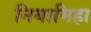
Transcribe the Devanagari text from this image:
नियामिहा